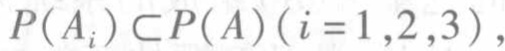
$P(A_{i})\subset P(A)(i = 1,2,3),$